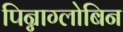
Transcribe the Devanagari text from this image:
पिन्नाग्लोबिन